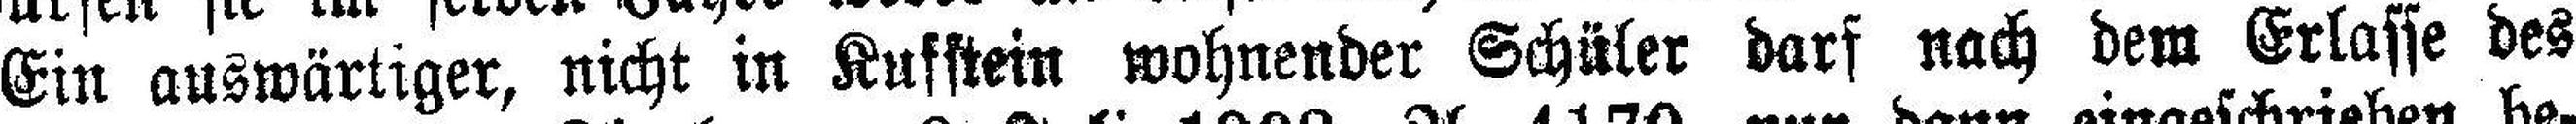
Ein auswärtiger, nicht in Kufstein wohnender Schüler darf nach dem Erlasse des